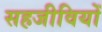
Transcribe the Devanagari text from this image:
सहजीवियों